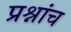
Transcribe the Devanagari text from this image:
प्रश्नांच